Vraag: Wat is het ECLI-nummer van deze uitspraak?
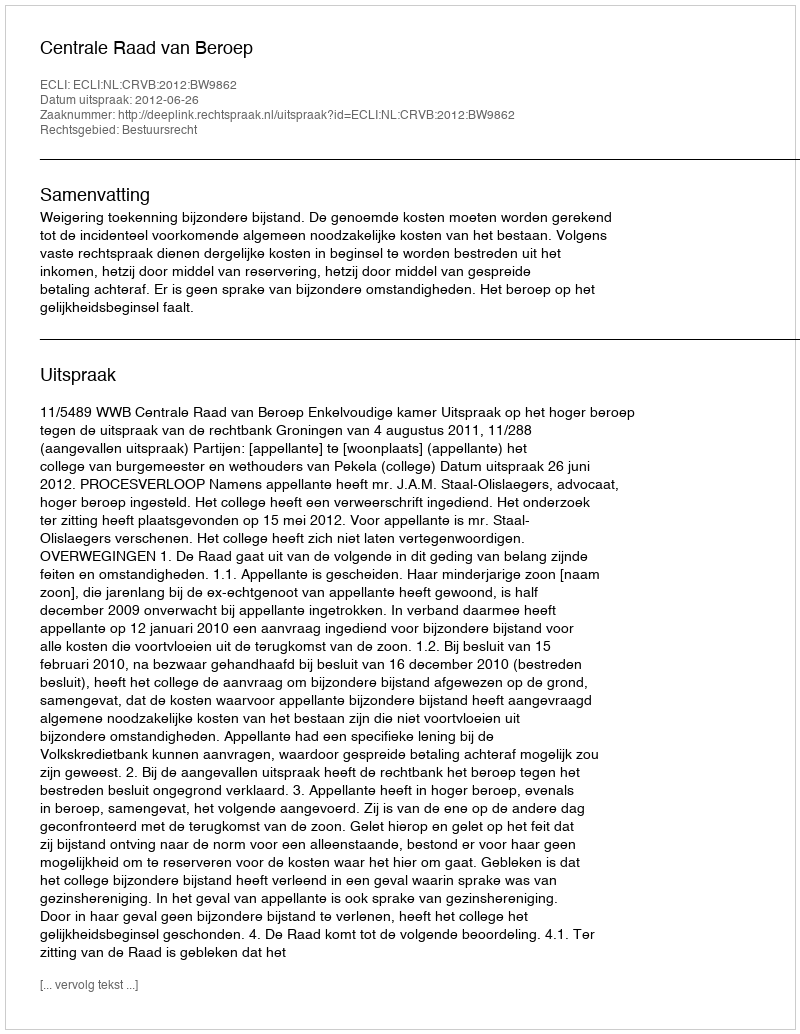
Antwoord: ECLI:NL:CRVB:2012:BW9862